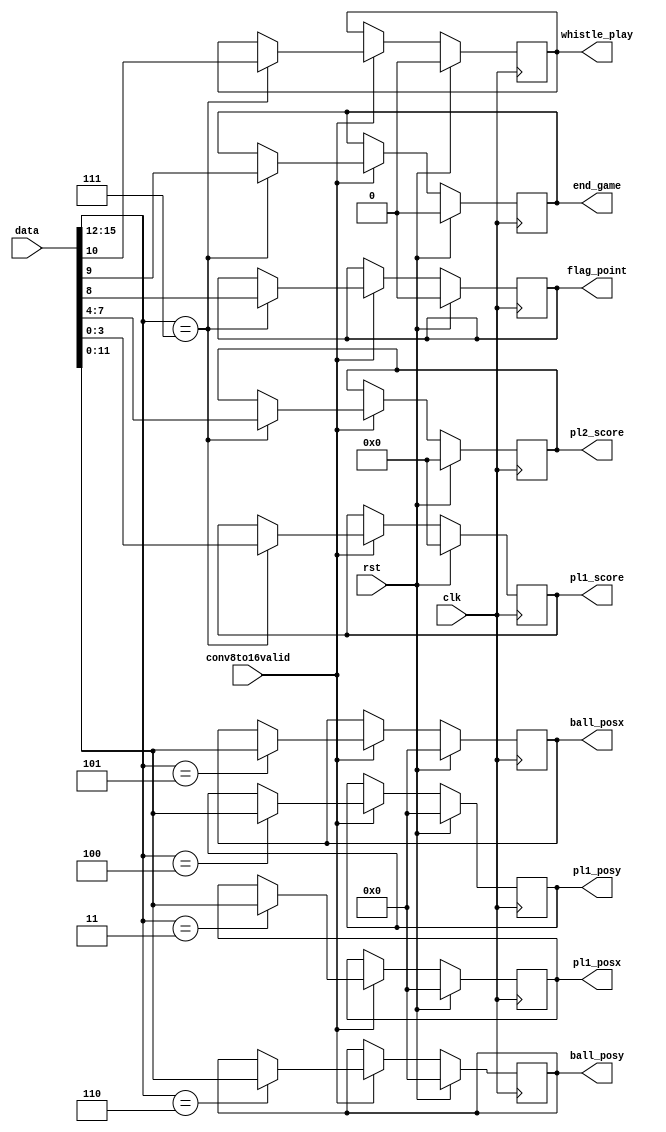
/*--------------------------------------*/
/*      AUTHOR - Stanisaw Klat         */
/*--------------------------------------*/

module uart_demux (
    input wire [15:0] data,
    input wire clk,
    input wire rst,
    output reg [11:0] pl1_posx,
    output reg [11:0] pl1_posy,
    output reg [11:0] ball_posx,
    output reg [11:0] ball_posy,
    output reg [3:0] pl1_score,
    output reg [3:0] pl2_score,
    output reg flag_point,
    output reg end_game,
    output reg whistle_play,
    input wire conv8to16valid
  );

  localparam  PL1_POSX = 4'h3,
              PL1_POSY = 4'h4,
              BALL_POSX = 4'h5,
              BALL_POSY = 4'h6,
              MATCH_CTRL = 4'h7;



  reg [11:0] pl1_posx_nxt, pl1_posy_nxt, ball_posx_nxt, ball_posy_nxt;
  reg [3:0] pl1_score_nxt, pl2_score_nxt;
  reg flag_point_nxt, end_game_nxt,reset_nxt;
  reg whistle_play_nxt;

  always @(posedge clk)
  begin
    if(rst)
    begin
      pl1_posx <= 12'b0;
      pl1_posy <= 12'b0;
      ball_posx <= 12'b0;
      ball_posy <= 12'b0;
      pl1_score <= 4'b0;
      pl2_score <= 4'b0;
      flag_point <= 1'b0;
      end_game <= 1'b0;
      whistle_play <= 1'b0;
    end
    else
    begin
      pl1_posx <= pl1_posx_nxt;
      pl1_posy <= pl1_posy_nxt;
      ball_posx <= ball_posx_nxt;
      ball_posy <= ball_posy_nxt;
      pl1_score <= pl1_score_nxt;
      pl2_score <= pl2_score_nxt;
      flag_point <= flag_point_nxt;
      end_game <= end_game_nxt;
      whistle_play <= whistle_play_nxt;
    end

  end

  always @*
  begin
    whistle_play_nxt = whistle_play;
    pl1_posx_nxt = pl1_posx;
    pl1_posy_nxt = pl1_posy;
    ball_posx_nxt = ball_posx;
    ball_posy_nxt = ball_posy;
    pl1_score_nxt = pl1_score;
    pl2_score_nxt = pl2_score;
    flag_point_nxt = flag_point;
    end_game_nxt = end_game;
    if(conv8to16valid)
      case(data[15:12])
        PL1_POSX:
          pl1_posx_nxt = data[11:0];
        PL1_POSY:
          pl1_posy_nxt = data[11:0];
        BALL_POSX:
          ball_posx_nxt = data[11:0];
        BALL_POSY:
          ball_posy_nxt = data[11:0];
        MATCH_CTRL:
        begin
          pl1_score_nxt = data[3:0];
          pl2_score_nxt = data[7:4];
          flag_point_nxt = data[8];
          end_game_nxt = data[9];
          whistle_play_nxt = data[10];
        end
      endcase
  end

endmodule